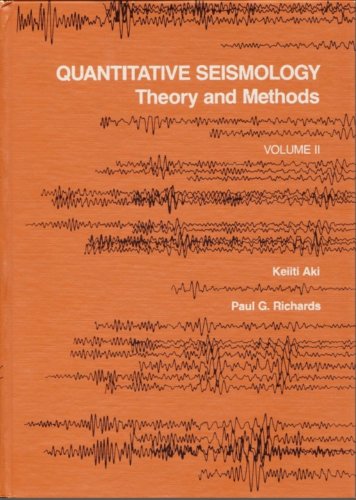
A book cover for Quantitative Seismology: Theory and Methods Volume II; Keiiti Aki; Science & Math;